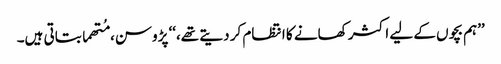
’’ہم بچوں کے لیے اکثر کھانے کا انتظام کر دیتے تھے،‘‘ پڑوسن، مُتھما بتاتی ہیں۔